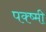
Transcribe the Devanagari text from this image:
पक्ष्मी